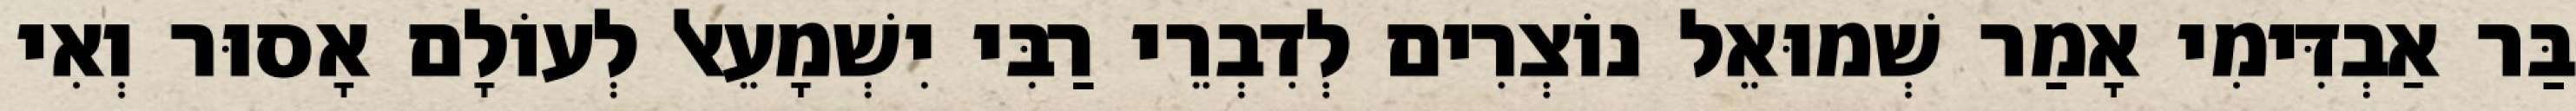
בַּר אַבְדִּימִי אָמַר שְׁמוּאֵל נוֹצְרִים לְדִבְרֵי רַבִּי יִשְׁמָעֵאל לְעוֹלָם אָסוּר וְאִי